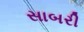
સાબરી